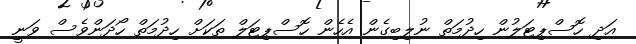
އަދި ހޮސްޕިޓަލުން ހިދުމަތް ނުލިބިގެން އެހެން ހޮސްޕިޓަލް ތަކަށް ހިދުމަތް ހޯދަންވެސް ވަނީ